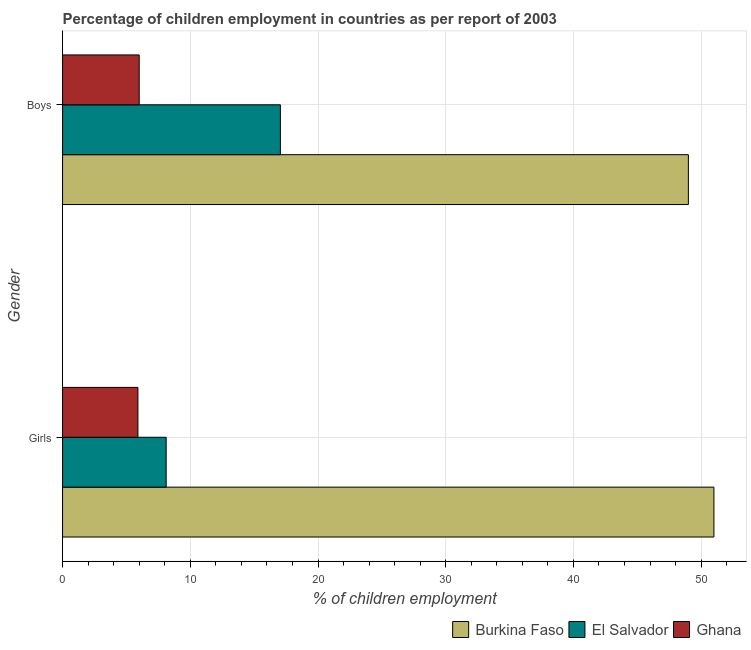
| Gender | Burkina Faso | El Salvador | Ghana |
 | --- | --- | --- | --- |
 | Girls | 51 | 8.11 | 5.9 |
 | Boys | 49 | 17.1 | 6 |